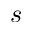
s